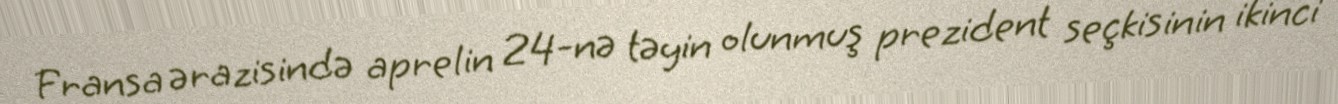
Fransa ərazisində aprelin 24-nə təyin olunmuş prezident seçkisinin ikinci